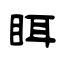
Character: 眲